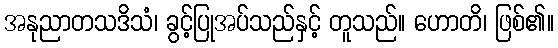
အနုညာတသဒိသံ၊ ခွင့်ပြုအပ်သည်နှင့် တူသည်။ ဟောတိ၊ ဖြစ်၏။